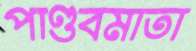
পাণ্ডবমাতা